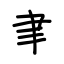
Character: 聿